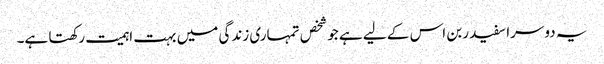
یہ دوسرا سفید ربن اس کے لیے ہے جو شخص تمہاری زندگی میں بہت اہمیت رکھتا ہے۔